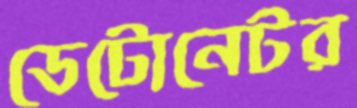
ডেটোনেটর